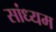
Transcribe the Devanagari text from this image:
सांध्यम